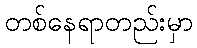
တစ်နေရာတည်းမှာ